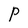
Character: P